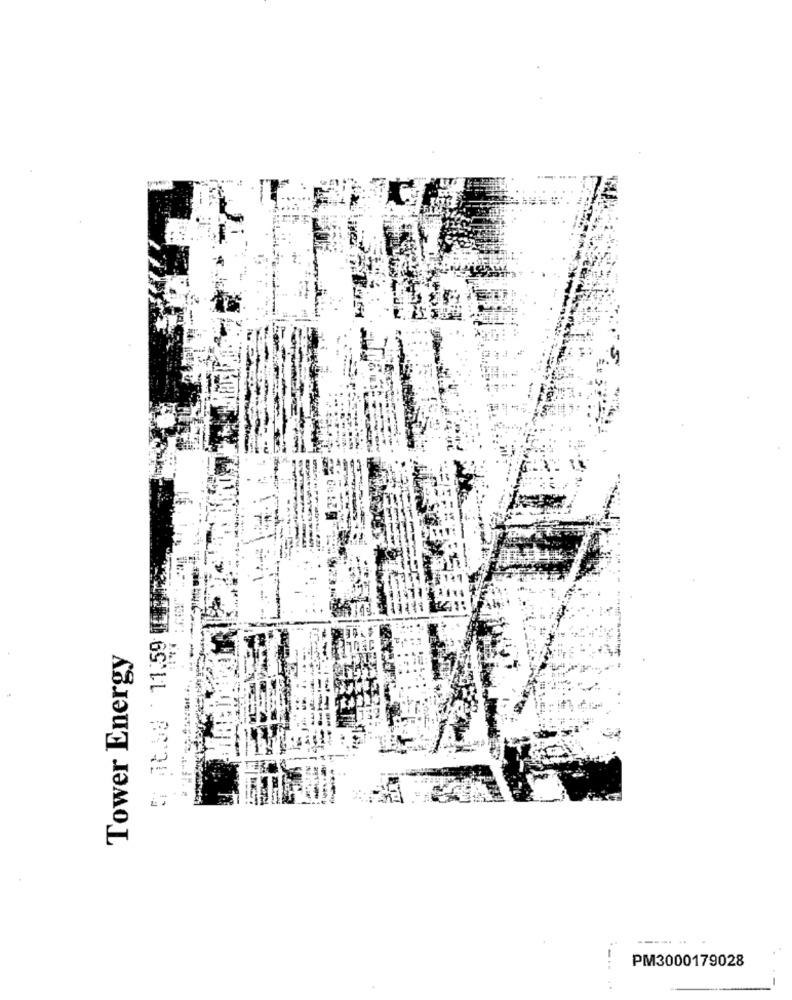
5 At.53 11.59
Tower Energy
----. ..
PM3000179028
-..